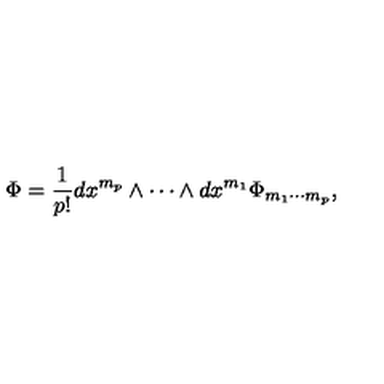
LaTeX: \Phi = \frac { 1 } { p ! } d x ^ { m _ { p } } \wedge \cdots \wedge d x ^ { m _ { 1 } } \Phi _ { m _ { 1 } \cdots m _ { p } } ,